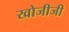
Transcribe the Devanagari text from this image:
खोजीजी